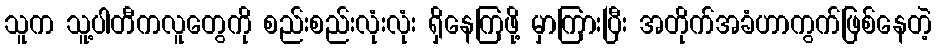
သူက သူ့ပါတီကလူတွေကို စည်းစည်းလုံးလုံး ရှိနေကြဖို့ မှာကြားပြီး အတိုက်အခံဟာကွက်ဖြစ်နေတဲ့